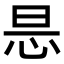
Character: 𢘇